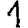
Digit: 1